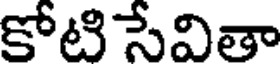
కోటి సేవితా